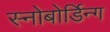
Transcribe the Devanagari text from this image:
स्नोबोर्डिन्ग